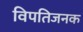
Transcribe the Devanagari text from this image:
विपतिजनक